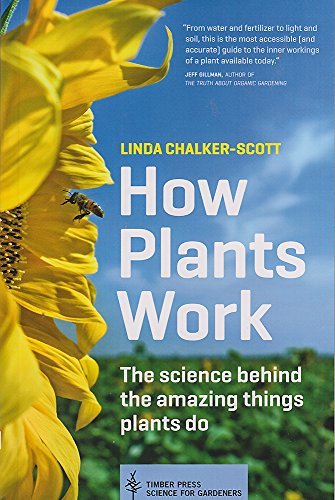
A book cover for How Plants Work: The Science Behind the Amazing Things Plants Do (Science for Gardeners); Linda Chalker-Scott; Crafts, Hobbies & Home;